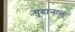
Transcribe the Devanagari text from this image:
गुदानाल